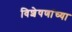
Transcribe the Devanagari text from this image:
विशेषणांच्या